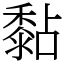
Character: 黏